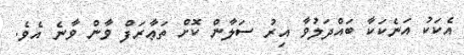
އެކަކު އަނެކަކާ ބައްދަލުވާ އިރު ސަލާން ކޮށް ތަޢާރަފް ވާން ވާނެ އެވެ.